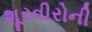
શૂરવીરોની